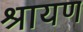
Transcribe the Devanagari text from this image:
श्रायण